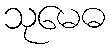
သုမေဓ